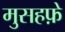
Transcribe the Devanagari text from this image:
मुसहफ़े